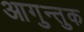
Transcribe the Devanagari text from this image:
आगुन्तुक